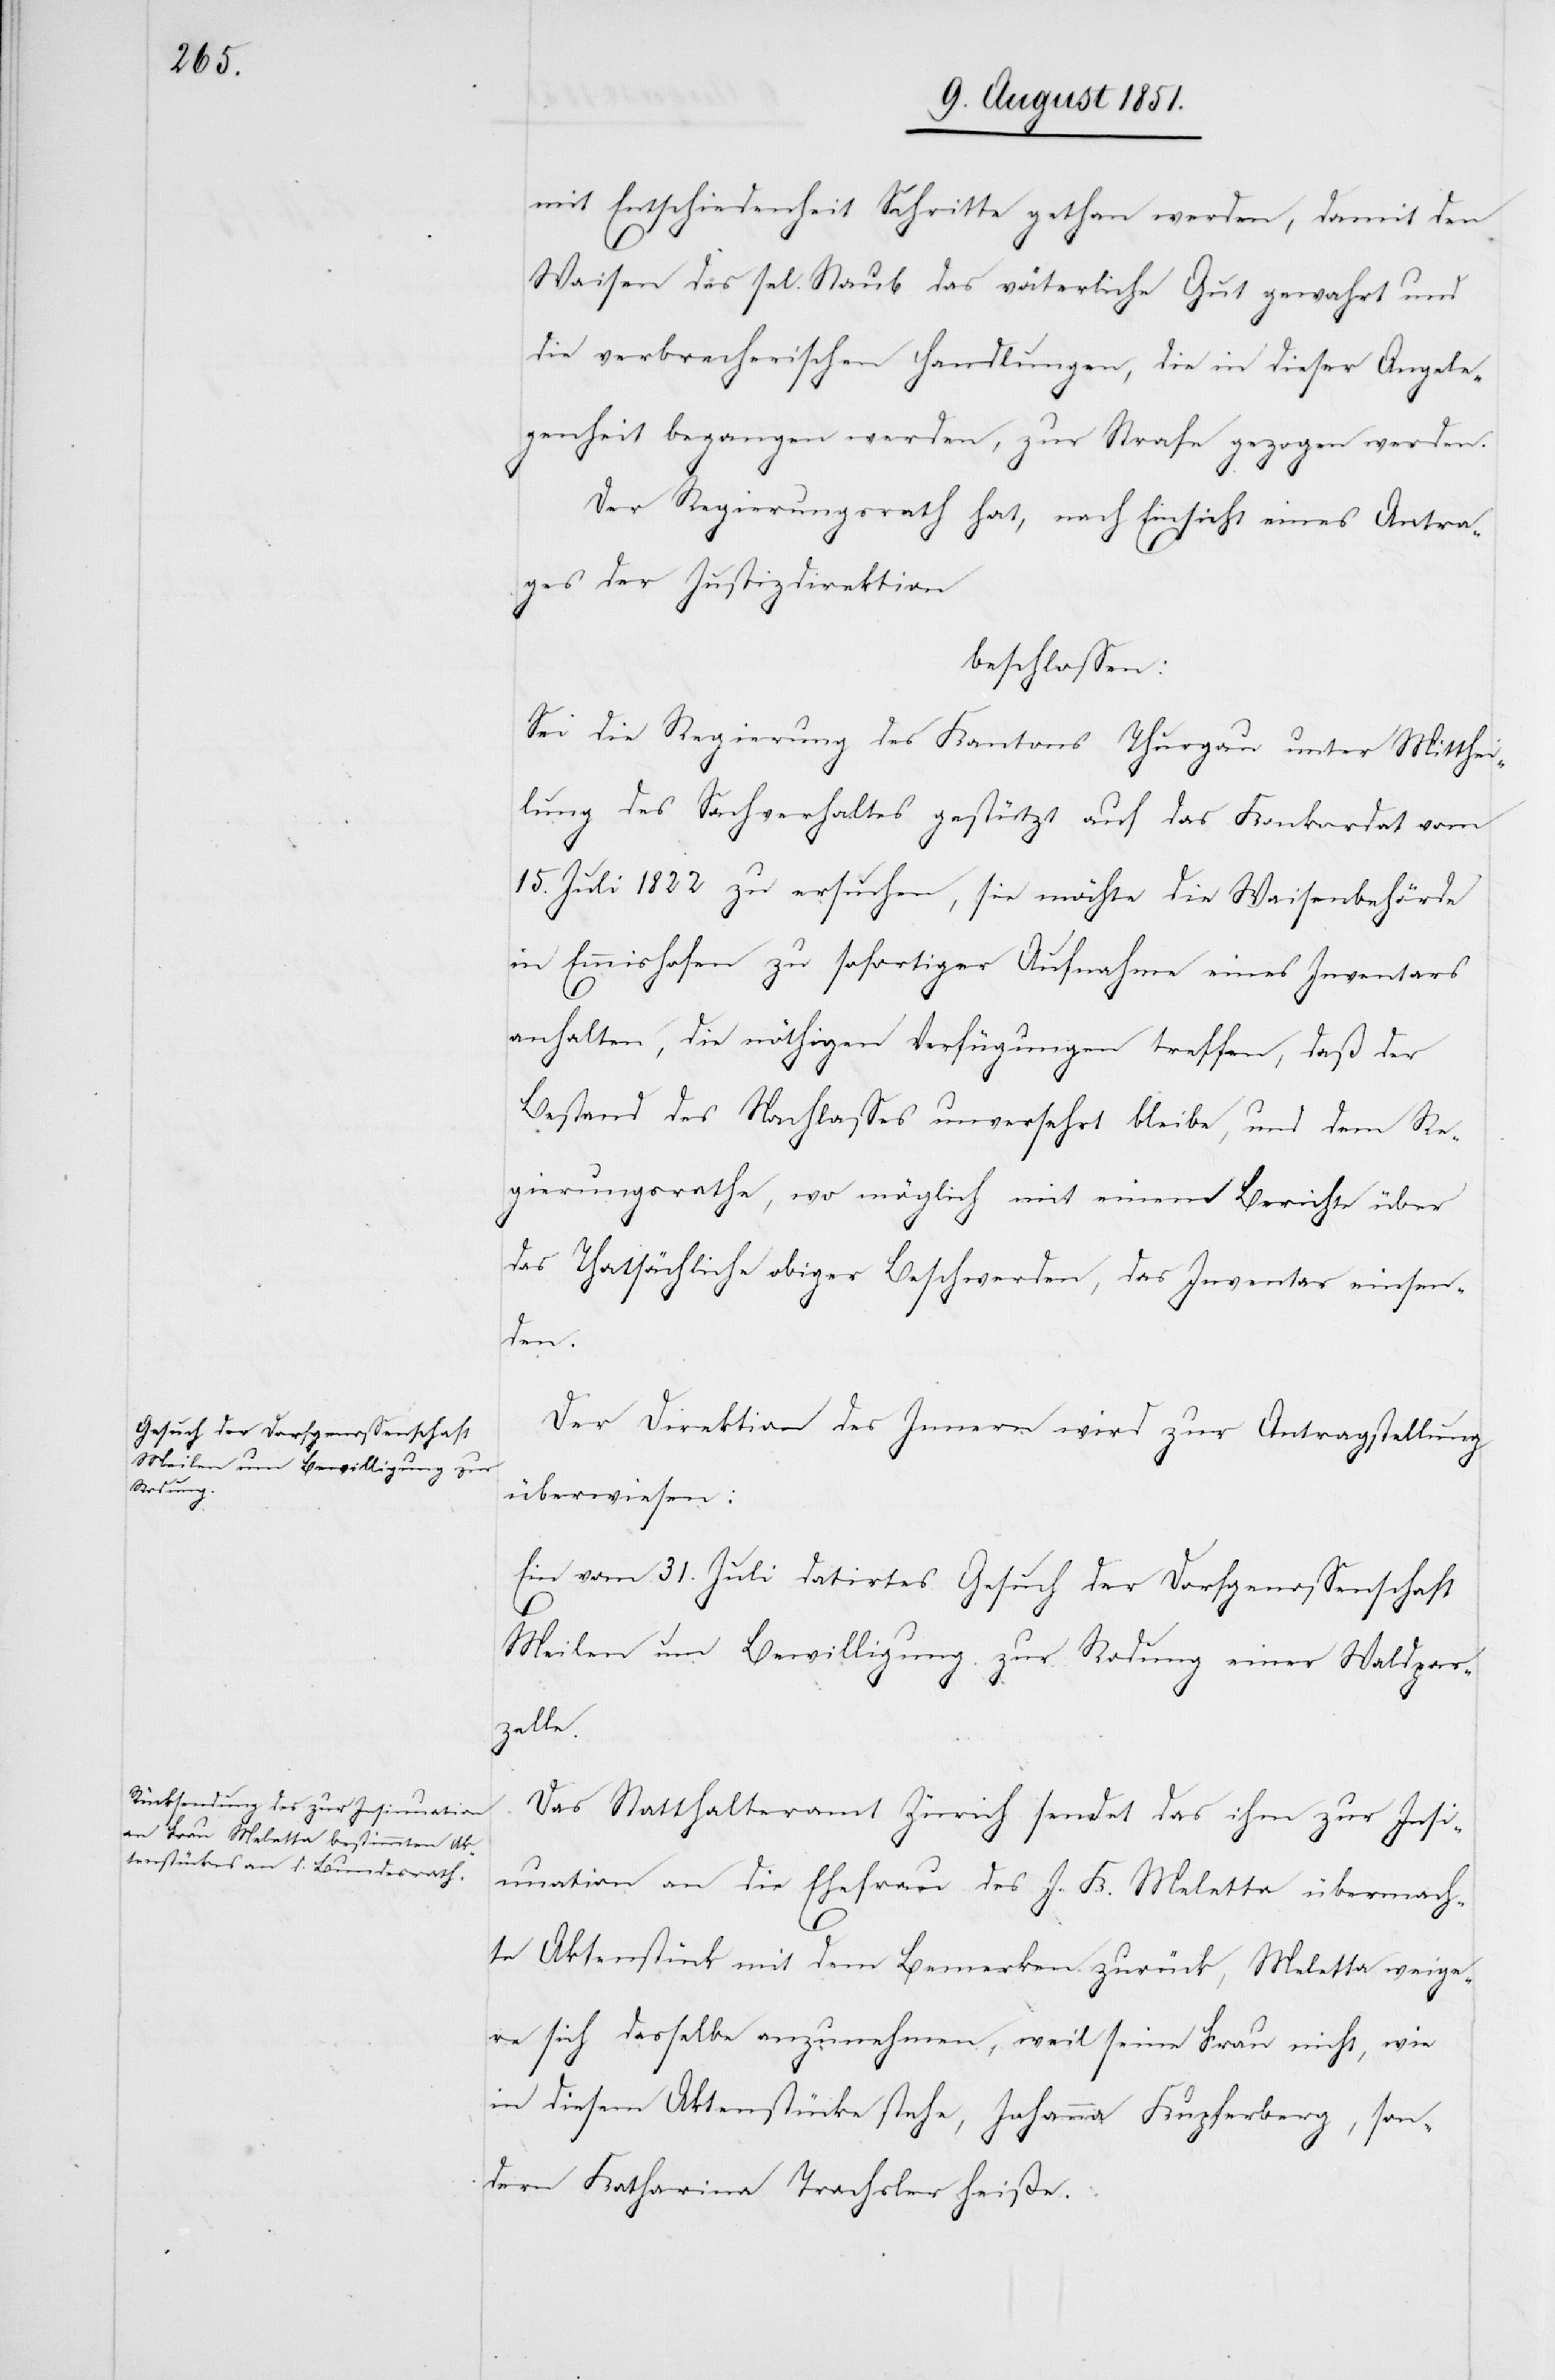
mit Entschiedenheit Schritte gethan werden, damit den
Waisen des sel. Staub das väterliche Gut gewahrt und
die verbrecherischen Handlungen, die in dieser Angele¬
genheit begangen werden, zur Strafe gezogen werden.
Der Regierungsrath hat, nach Einsicht eines Antra¬
ges der Justizdirektion
beschlossen:
Sei die Regierung des Kantons Thurgau unter Mitthei¬
lung des Sachverhaltes gestützt auf das Konkordat vom
15. Juli 1822 zu ersuchen, sie möchte die Waisenbehörde
in Emmishofen zu sofortiger Aufnahme eines Inventars
anhalten, die nöthigen Verfügungen treffen, daß der
Bestand des Nachlasses unversehrt bleibe, und dem Re¬
gierungsrathe, wo möglich mit einem Berichte über
das Thatsächliche obiger Beschwerden, das Inventar einsen¬
den.
Der Direktion des Innern wird zur Antragstellung
überwiesen:
Ein vom 31. Juli datirtes Gesuch der Dorfgenossenschaft
Meilen um Bewilligung zur Rodung einer Waldpar¬
zelle.
Das Statthalteramt Zürich sendet das ihm zur Insi¬
nuation an die Ehefrau des J. K. Meletta übermach¬
te Aktenstück mit dem Bemerken zurück, Meletta weige¬
re sich dasselbe anzunehmen, weil seine Frau nicht, wie
in diesem Aktenstücke stehe, Johanna Kupferberg, son¬
dern Katharina Trachsler heiße.